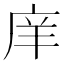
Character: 庠